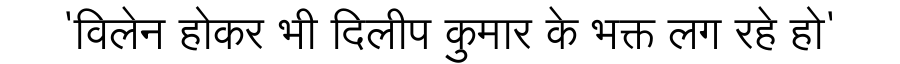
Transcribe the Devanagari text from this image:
'विलेन होकर भी दिलीप कुमार के भक्त लग रहे हो'